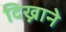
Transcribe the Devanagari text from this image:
दिख्नाने